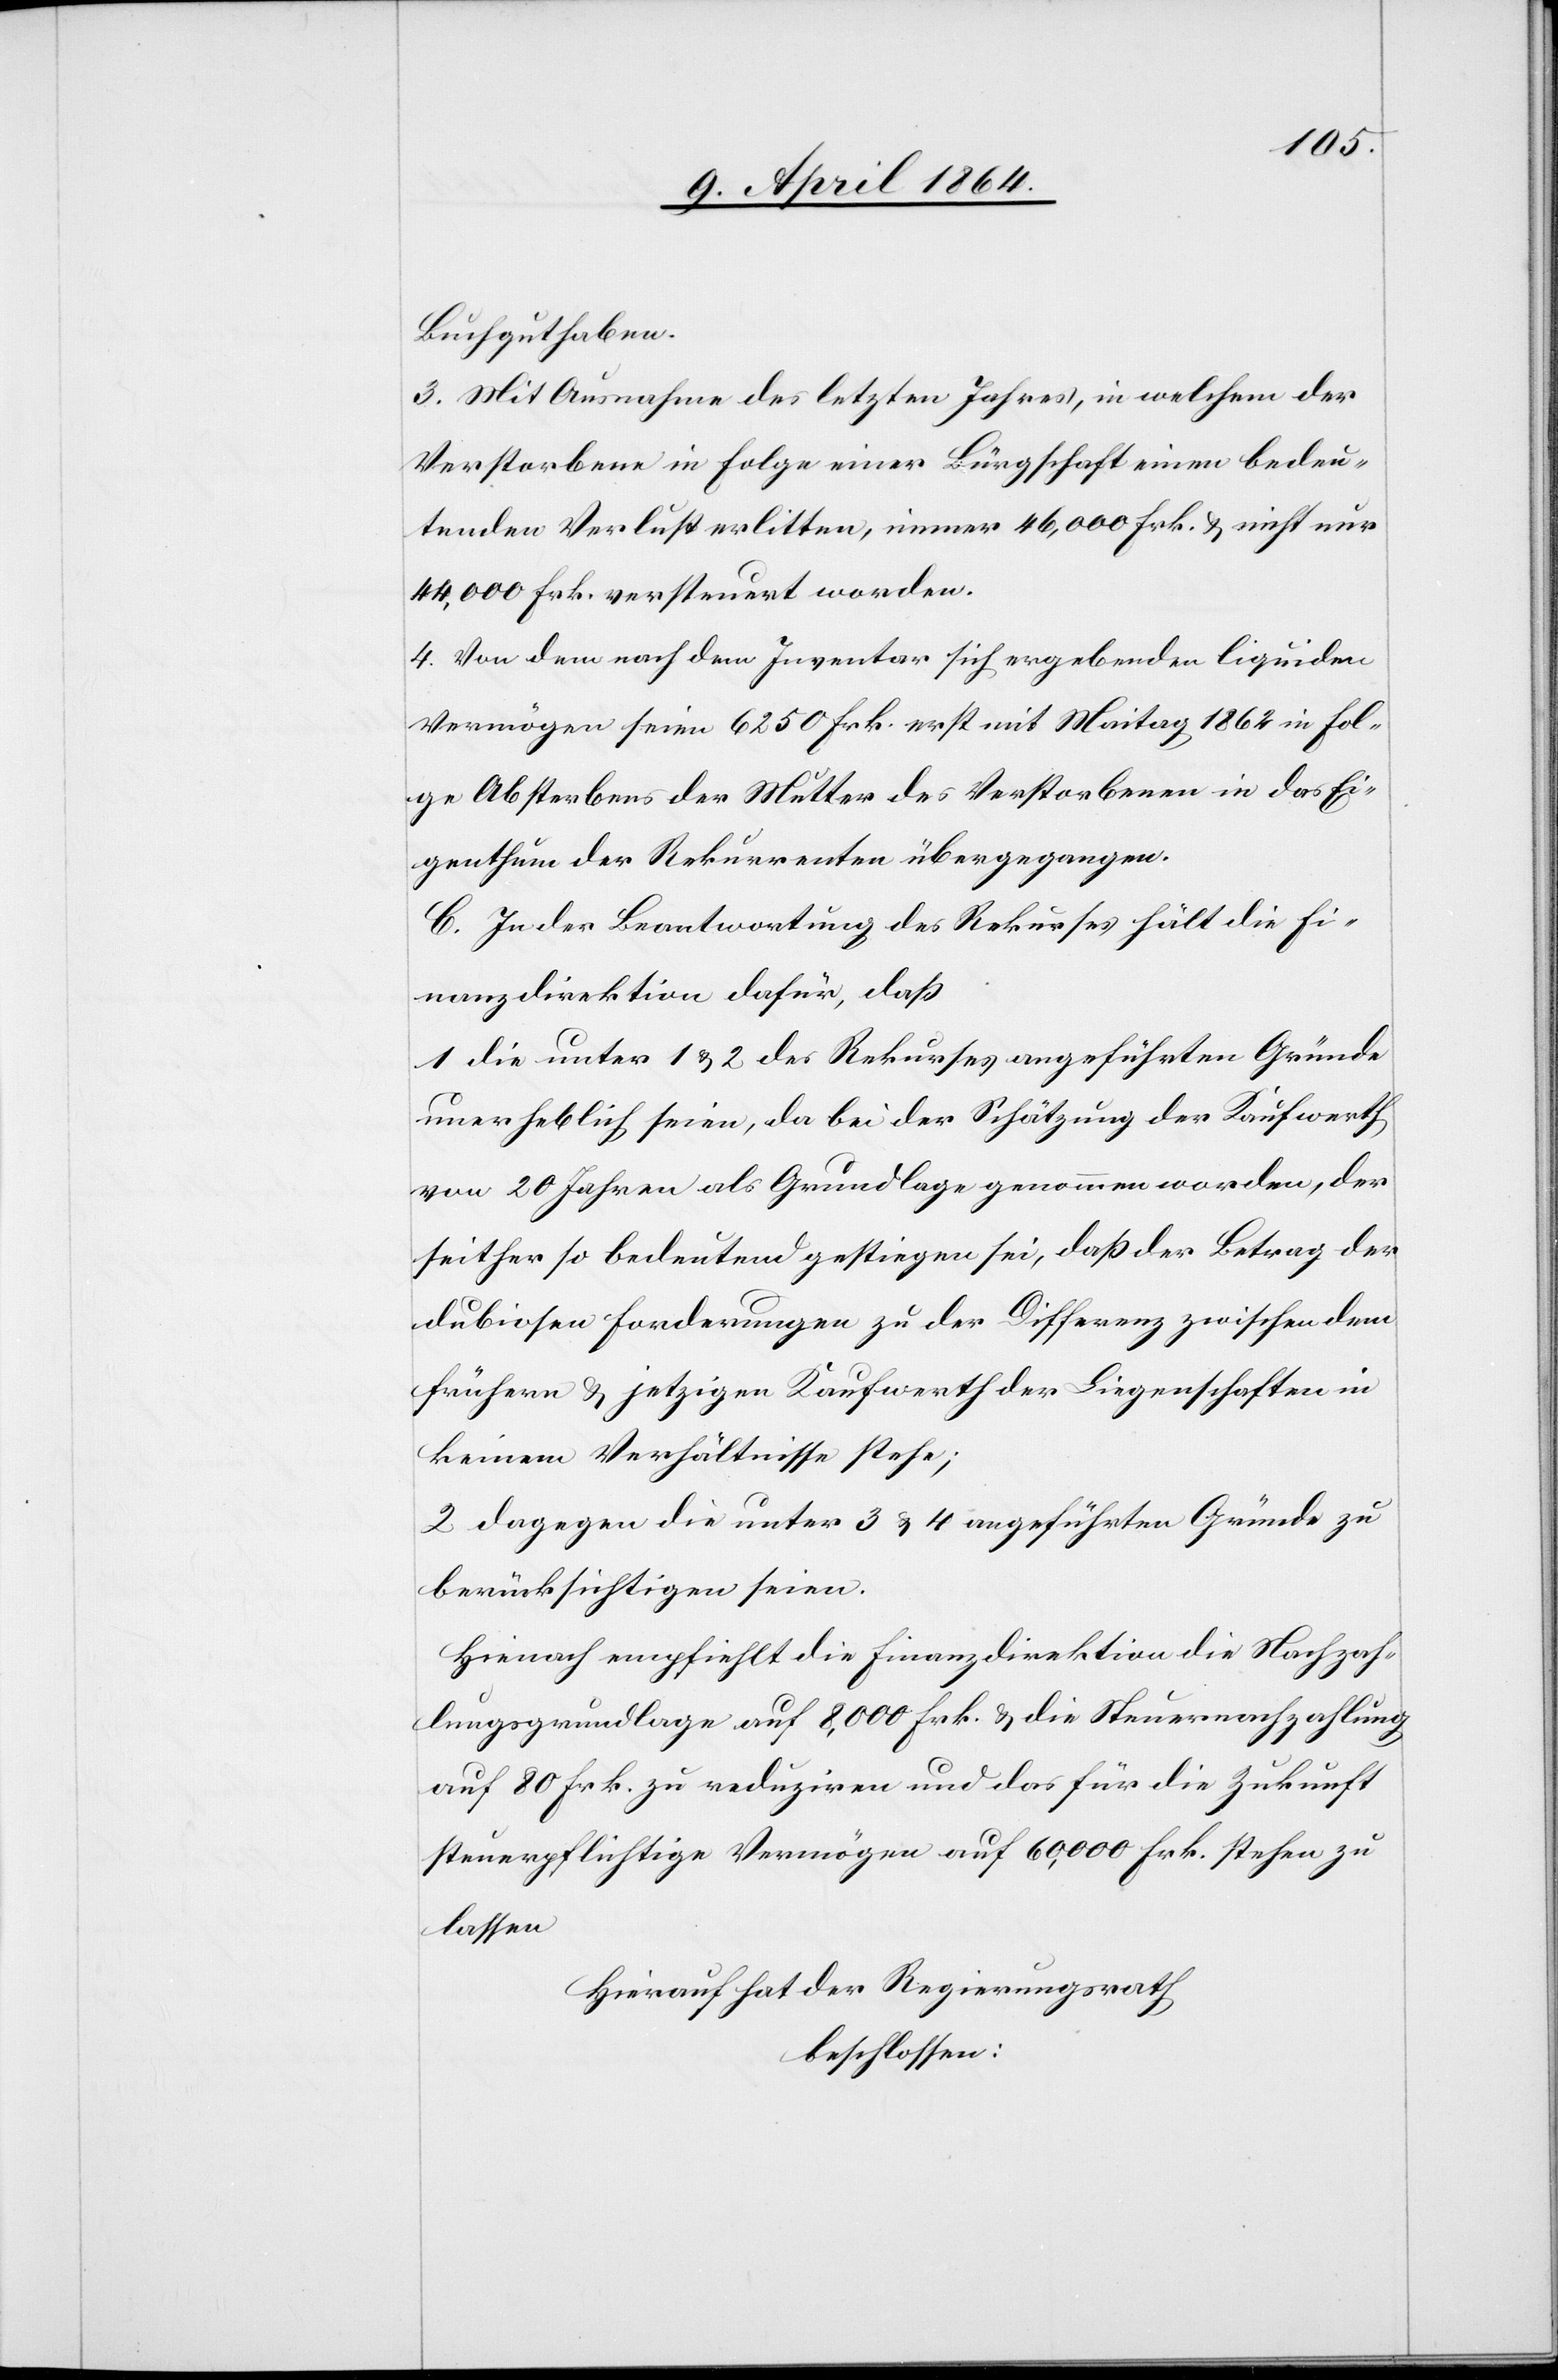
Buchguthaben.
3. Mit Ausnahme des letzten Jahres, in welchem der
Verstorbene in Folge einer Bürgschaft einen bedeu¬
tenden Verlust erlitten, immer 46,000 Frk. u. nicht nur
44,000 Frk. versteuert worden
4. Von dem nach dem Inventar sich ergebenden liquiden
Vermögen seien 6250 Frk. erst mit Maitag 1862 in Fol¬
ge Absterbens der Mutter des Verstorbenen in das Ei¬
genthum der Rekurrenten übergegangen.
C. In der Beantwortung des Rekurses hält die Fi¬
nanzdirektion dafür, daß
1. die unter 1 u. 2 des Rekurses angeführten Gründe
unerheblich seien, da bei der Schätzung der Kaufwerth
von 20 Jahren als Grundlage genommen worden, der
seither so bedeutend gestiegen sei, daß der Betrag der
dubiosen Forderungen zu der Differenz zwischen dem
frühern u. jetzigen Kaufwerth der Liegenschaften in
keinem Verhältnisse stehe;
2. dagegen die unter 3 u. 4 angeführten Gründe zu
berücksichtigen seien.
Hienach empfiehlt die Finanzdirektion die Nachzah¬
lungsgrundlage auf 8,000 Frk. u. die Steuernachzahlung
auf 80 Frk. zu reduziren und das für die Zukunft
steuerpflichtige Vermögen auf 60,000 Frk. stehen zu
lassen
Hierauf hat der Regierungsrath
beschlossen: